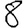
Digit: 8